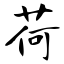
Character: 荷